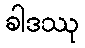
ခါဒဿု